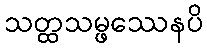
သတ္ထသမ္ဖဿေနပိ